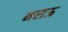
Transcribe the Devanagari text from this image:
भराऊ